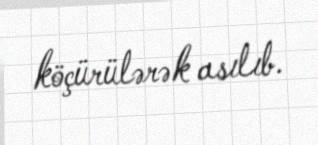
köçürülərək asılıb.